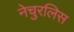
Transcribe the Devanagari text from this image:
नेचुरलिस